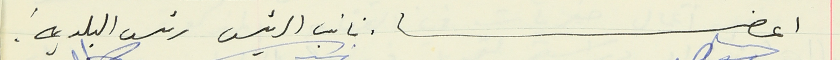
اعضاء نائب الرئيس رئيس البلدية